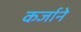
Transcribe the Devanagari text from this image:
कर्जाने